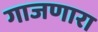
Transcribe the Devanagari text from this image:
गाजणारा